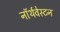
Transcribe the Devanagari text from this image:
नॉर्थवेस्टन